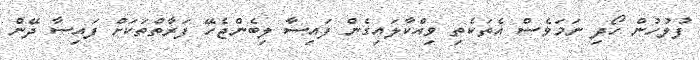
ފުލުހުން ހޯދި ނަމަވެސް އެތަކެތި ވިއްކާލައިގެން ފައިސާ ލިބެންޖެހޭ ފަރާތްތަކަށް ފައިސާ ދޭން